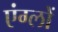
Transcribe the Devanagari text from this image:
एंग्लों